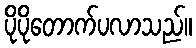
ပိုပိုတောက်ပလာသည်။